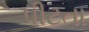
પીટતા